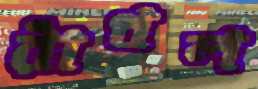
রাঁধল